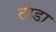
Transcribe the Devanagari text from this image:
ठाडा